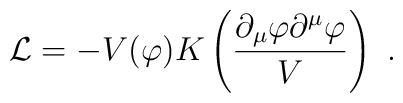
{\cal L} = -V(\varphi)K\left({\partial_\mu\varphi\partial^\mu\varphi\over V}\right)\ .